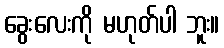
ခွေးလေးကို မဟုတ်ပါ ဘူး။